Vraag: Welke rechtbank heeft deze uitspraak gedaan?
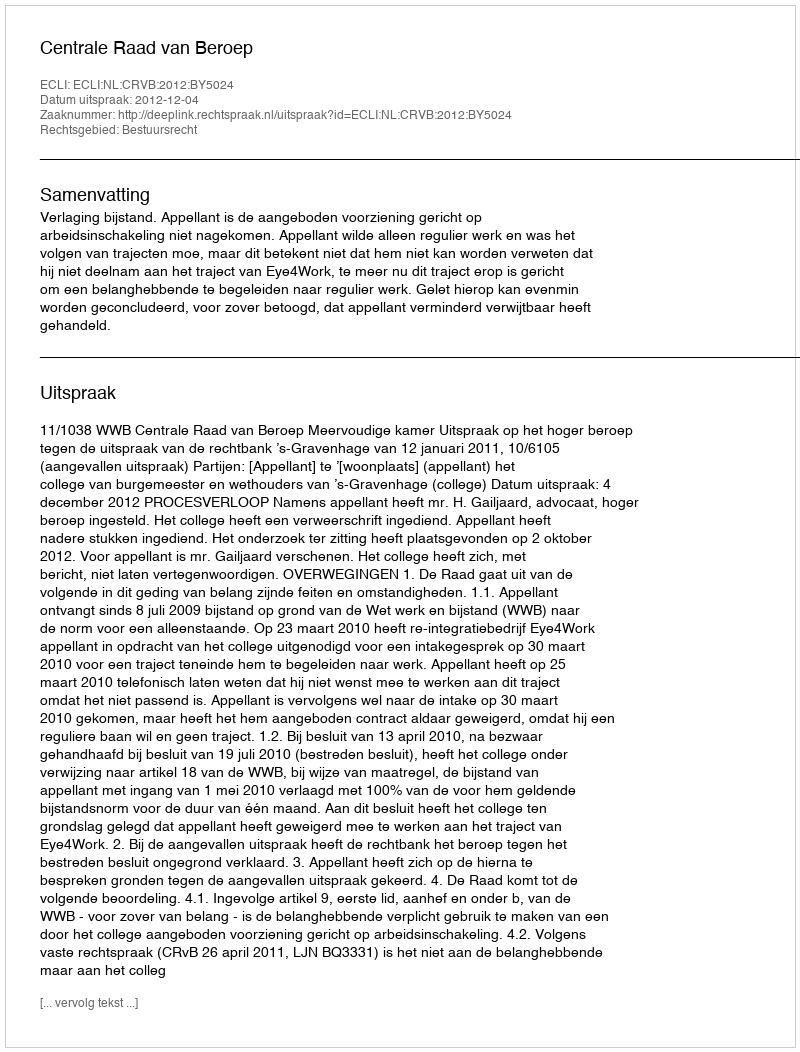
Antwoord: Centrale Raad van Beroep